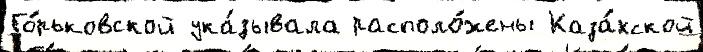
Го́рьковской ука́зывала располо́жены Каза́хской